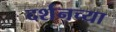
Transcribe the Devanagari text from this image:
दर्शनच्या